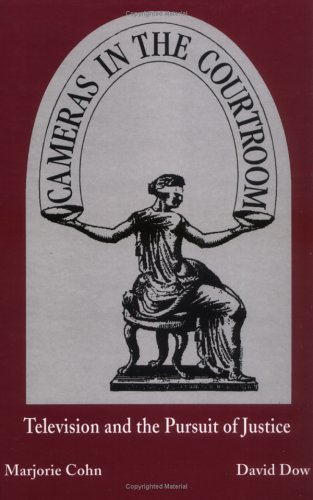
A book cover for Cameras in the Courtroom: Television and the Pursuit of Justice; Marjorie Cohn; Law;